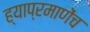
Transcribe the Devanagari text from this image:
ह्याप्रमाणेंच